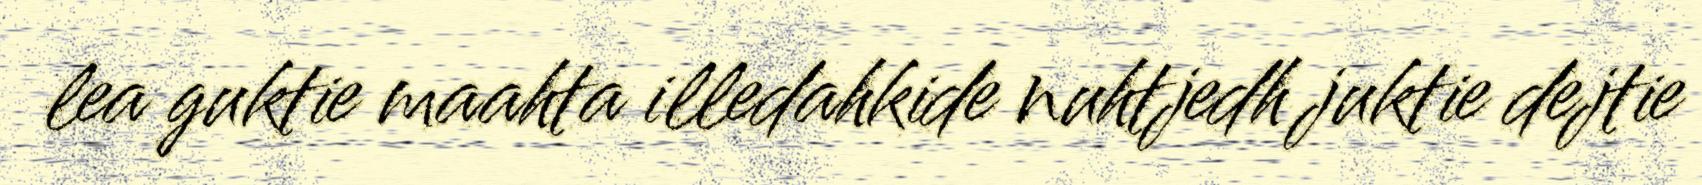
lea guktie maahta illedahkide nuhtjedh juktie dejtie